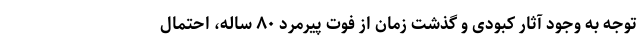
توجه به وجود آثار کبودی و گذشت زمان از فوت پیرمرد ۸۰ ساله، احتمال